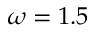
\omega = 1 . 5